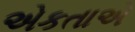
એકતાએ